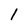
Character: 1